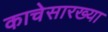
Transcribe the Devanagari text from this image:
काचेसारख्या